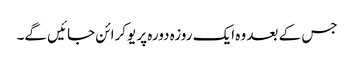
جس کے بعد وہ ایک روزہ دورہ پر یوکرائن جائیں گے۔